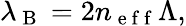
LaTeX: \lambda_{\mathrm{~B~}}=2n_{\mathrm{~e~f~f~}}\Lambda,